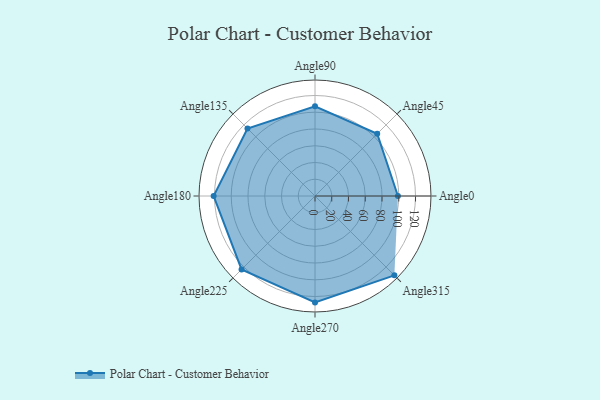
{"axis": {"x": "Angle", "y": "Radius"}, "legend": [""], "data": [{"x": "Angle0", "y": 99.0, "type": ""}, {"x": "Angle45", "y": 105.0, "type": ""}, {"x": "Angle90", "y": 107.0, "type": ""}, {"x": "Angle135", "y": 114.0, "type": ""}, {"x": "Angle180", "y": 121.0, "type": ""}, {"x": "Angle225", "y": 124.0, "type": ""}, {"x": "Angle270", "y": 127.0, "type": ""}, {"x": "Angle315", "y": 134.0, "type": ""}]}